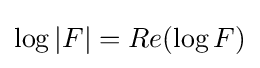
\log |F|=Re(\log F)